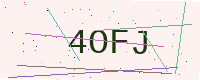
Text: 4OFJ